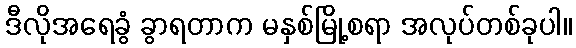
ဒီလိုအရေခွံ ခွာရတာက မနှစ်မြို့စရာ အလုပ်တစ်ခုပါ။